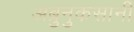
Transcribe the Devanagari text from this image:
अब्रुनुकसानी